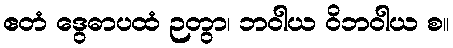
ဧတံ ဒွေဓာပထံ ဉတွာ၊ ဘဝါယ ဝိဘဝါယ စ။